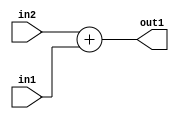
`timescale 1ps / 1ps
/*****************************************************************************
    Verilog RTL Description
    
    
    Created by: Stratus DpOpt 21.05.01 
*******************************************************************************/

module dut_Add_4Ux1U_5U_4 (
	in2,
	in1,
	out1
	); /* architecture "behavioural" */ 
input [3:0] in2;
input  in1;
output [4:0] out1;
wire [4:0] asc001;

assign asc001 = 
	+(in2)
	+(in1);

assign out1 = asc001;
endmodule

/* CADENCE  urjxSAk= : u9/ySxbfrwZIxEzHVQQV8Q== ** DO NOT EDIT THIS LINE ******/